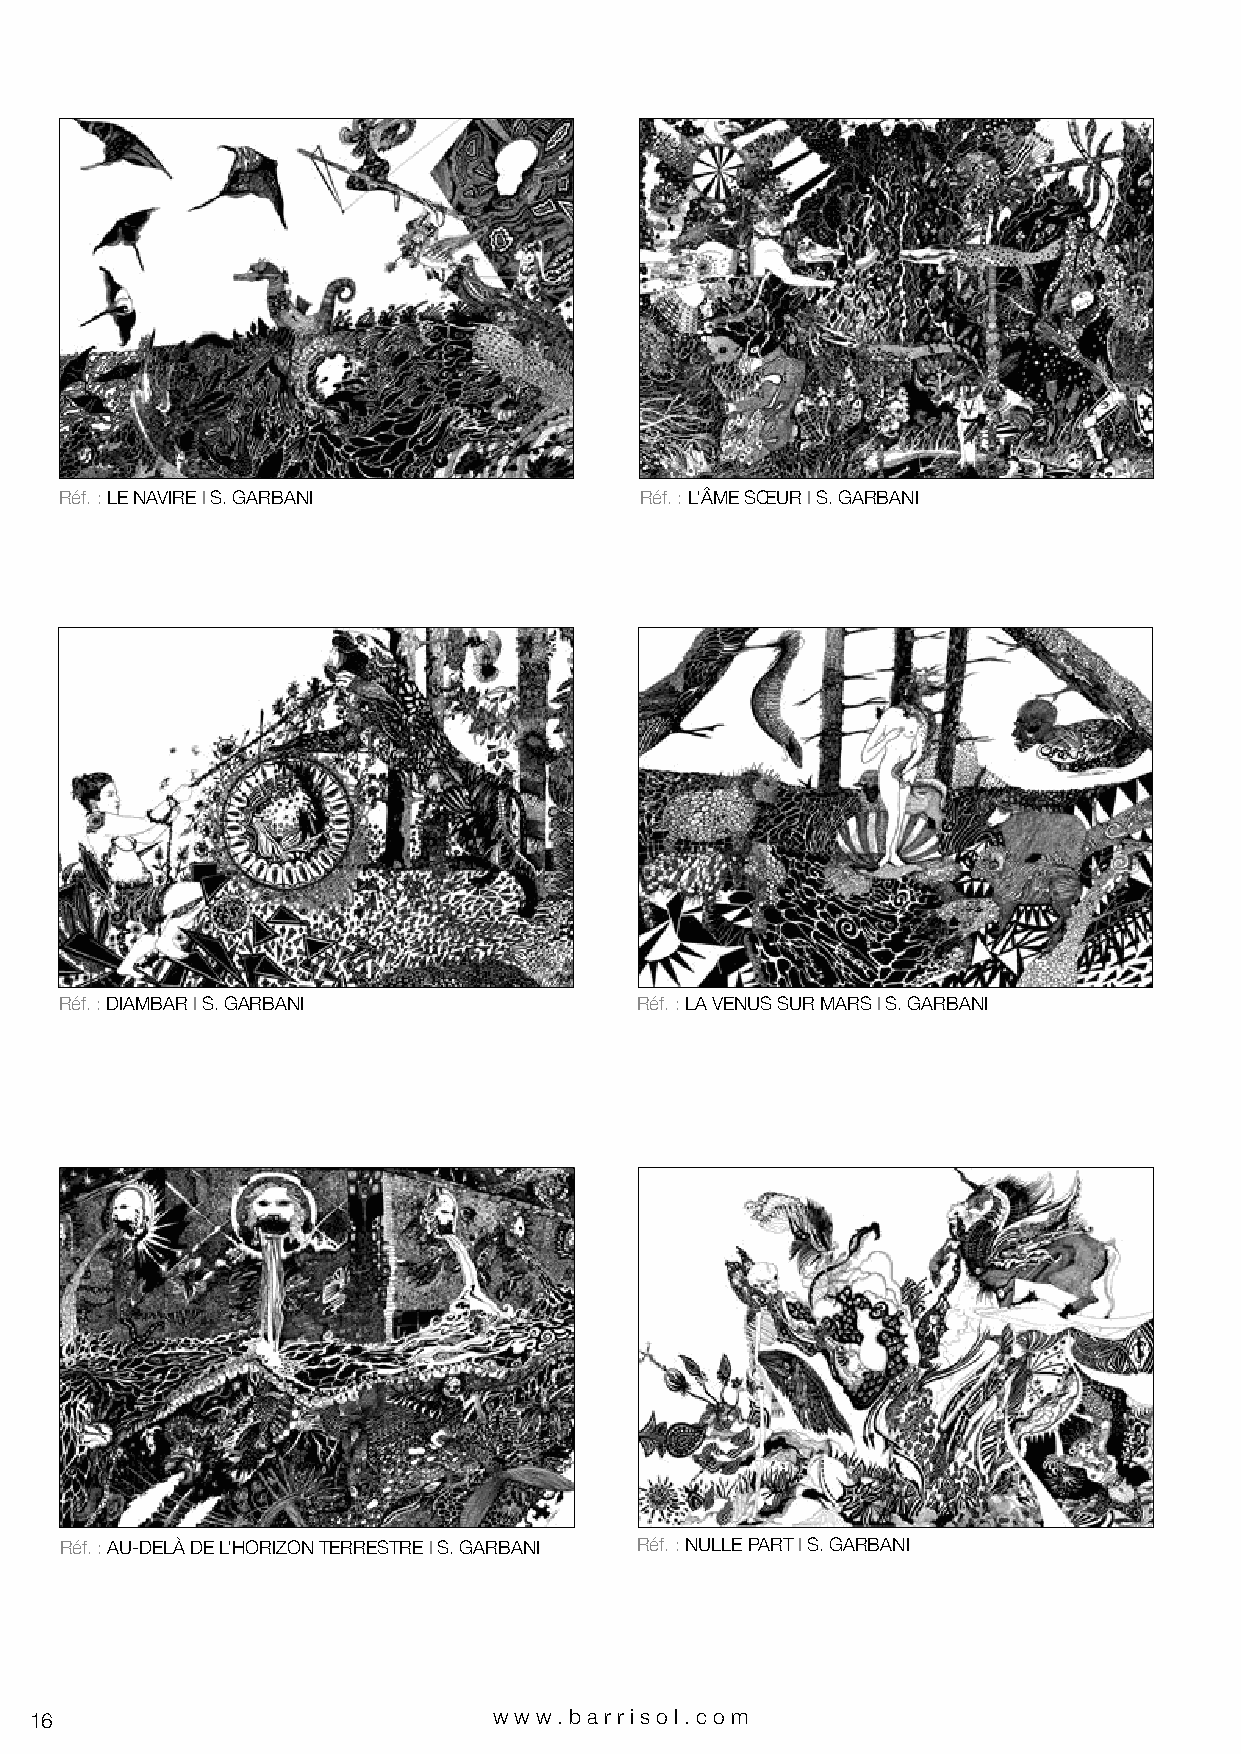
Réf. : LE NAVIRE I S. GARBANI         Réf. : L’ÂME SŒUR I S. GARBANI
 Réf. : DIAMBAR I S. GARBANI           Réf. : LA VENUS SUR MARS I S. GARBANI
 Réf. : AU-DELÀ DE L’HORIZON TERRESTRE I S. GARBANI Réf. : NULLE PART I S. GARBANI
 16                             www.bar riso l. com